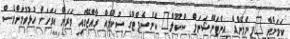
ކަމަށްވާ "ފިންލޭންޑް އިންޓަނޭޝަނަލް ސްކޫލް" ކޮންސެޕްޓްގެ ސުކޫލެއް ރާއްޖޭގައި ވަރަށް އަވަހަށް ހުޅުވުމަށްވެސް